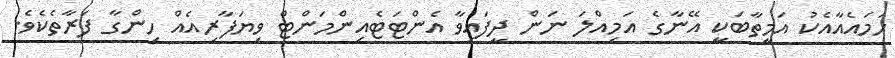
ހަމައެއާއެކު އަމީތާބަކީ އޭނާގެ އަމިއްލަ ނަން ދީފައިވާ އެންޓަޓެއިންމަންޓް ވިޔަފާރިއެއް ހިންގާ ފަރާތެކެވެ.